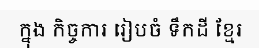
ក្នុង កិច្ចការ រៀបចំ ទឹកដី ខ្មែរ